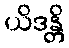
ယိဒန္တိ